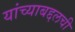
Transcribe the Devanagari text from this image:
यांच्याबद्दलची